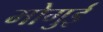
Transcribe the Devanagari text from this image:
मोगुई